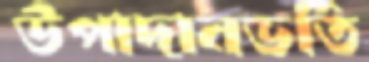
উপাদানভর্তি